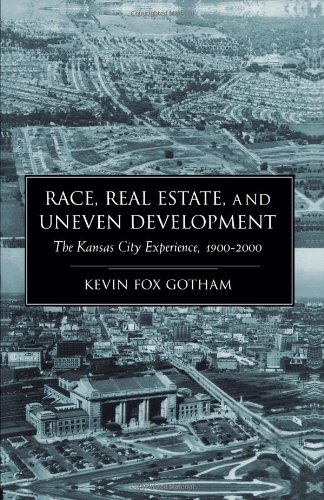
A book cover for Race, Real Estate, and Uneven Development: The Kansas City Experience, 1900-2000; Kevin Fox Gotham; Law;